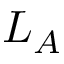
L _ { A }